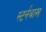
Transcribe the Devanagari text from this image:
स्टर्नबाख